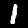
Digit: 1